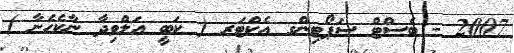
2007 - ބެސްޓް ސަޕޯޓިންގ އެކްޓަރ ( ކަބީ އަލްވިދާ ނާކެހެނާ )